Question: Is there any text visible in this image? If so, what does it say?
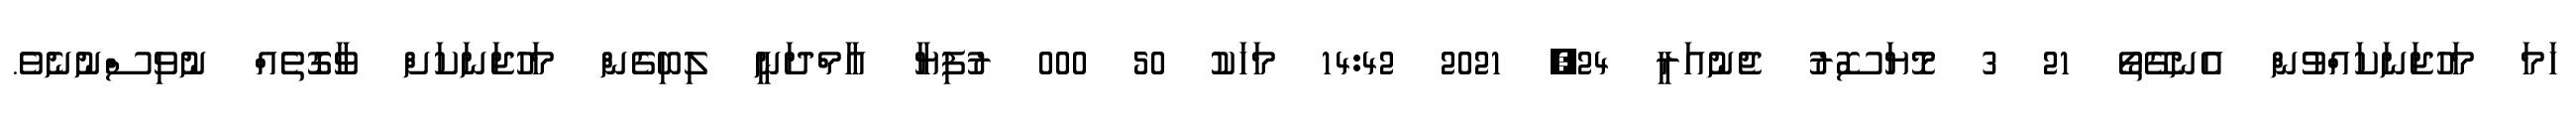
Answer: ހަމަ މަހުޖަނަކައްވުން އެނގޭތޯ 21 3 މޮޔަސޮރު ޖެނުއަރީ 24, 2021 14:42 މަހަކު 50 000 ރުފިޔާ އާމްދަނީ ލިބިގެން މަހުޖަނަކަށް ވާގޮތެއް ނުވިސްނުނެވެ.